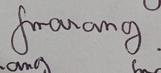
Signature authenticity: genuine